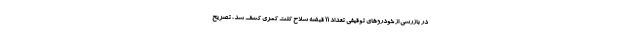
در بازرسی از خودروهای توقیفی تعداد ۱۱ قبضه سلاح کلت کمری کشف شد، تصریح